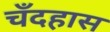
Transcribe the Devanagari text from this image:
चँदहास